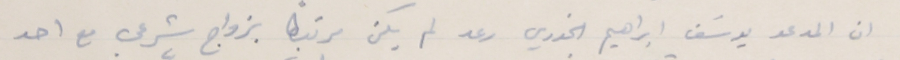
ان المدعو يوسَف ابراهيم الخوري رعد لم يكن مرتبطاً بزواج شرعي مع احد